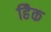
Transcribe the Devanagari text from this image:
हैिक